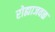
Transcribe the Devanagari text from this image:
रोह्याजवळ